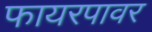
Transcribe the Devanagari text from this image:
फायरपावर